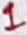
Text: 1